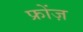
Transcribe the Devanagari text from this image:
फ्रोंज़